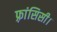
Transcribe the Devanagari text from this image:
फ़्रांसिसी।